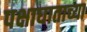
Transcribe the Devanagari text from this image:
पक्षाघाताच्या